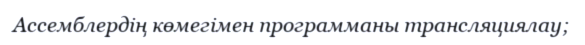
Ассемблердің көмегімен программаны трансляциялау;